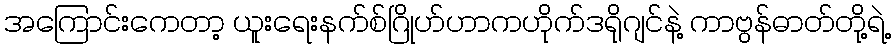
အကြောင်းကေတာ့ ယူးရေးနက်စ်ဂြိုဟ်ဟာကဟိုက်ဒရိုဂျင်နဲ့ ကာဗွန်ဓာတ်တို့ရဲ့